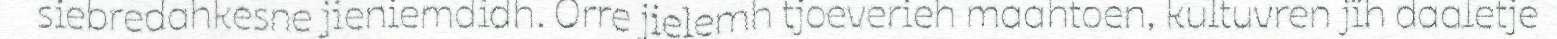
siebredahkesne jieniemdidh. Orre jielemh tjoeverieh maahtoen, kultuvren jïh daaletje